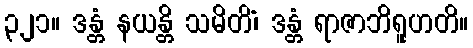
၃၂၁။ ဒန္တံ နယန္တိ သမိတိံ၊ ဒန္တံ ရာဇာဘိရူဟတိ။